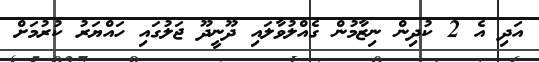
އަދި އެ 2 ކުދިން ނިޒާމުން ގެއްލުވާލައި ދޫނީދޫ ޖަލުގައި ހައްޔަރު ކުރުމަށް